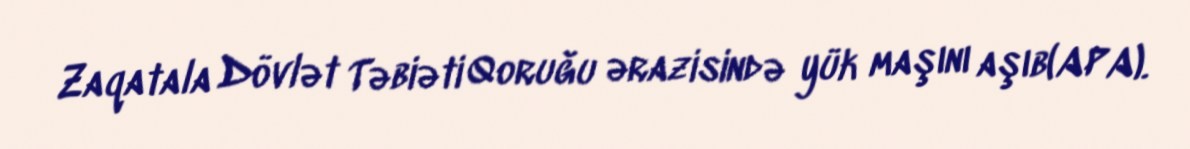
Zaqatala Dövlət Təbiəti Qoruğu ərazisində yük maşını aşıb(APA).